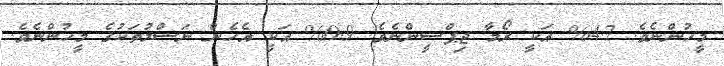
މީހުންނެވެ. 4.7% އަކީ ރޯމާ ޖިޕްސީންނެވެ. 0.9% އަކީ އެހެން ނަސްލުތަކުގެ މީހުންނެވެ.